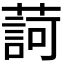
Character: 𦺞